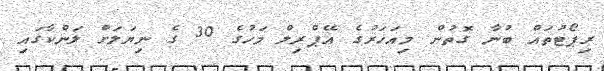
ރިޕޯޓުތައް ބުނާ ގޮތުން މިއަހަރުގެ އޭޕްރިލް މަހުގެ 30 ގެ ނިޔަލަށް ލަންކާގައި